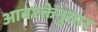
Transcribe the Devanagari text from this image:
आवश्क्तेनुसार